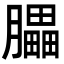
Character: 𦢏